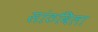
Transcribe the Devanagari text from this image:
सांठविला